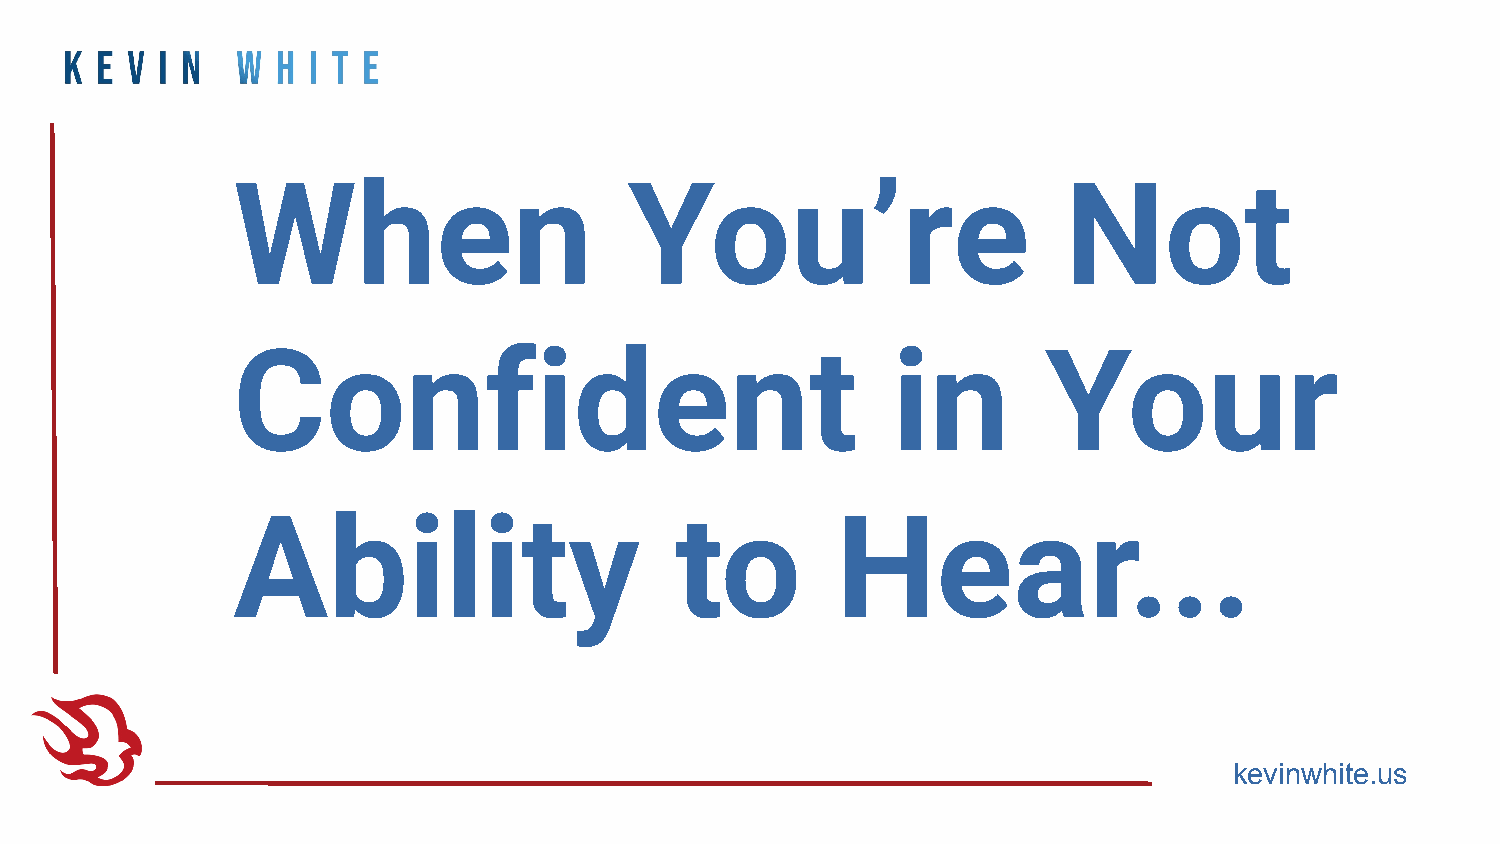
When                       You’re                      Not
 Confident                                   in        Your
 Ability                       to        Hear...
 kevinwhite.us